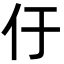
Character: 㐵